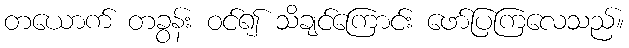
တယောက် တခွန်း ဝင်၍ သိချင်ကြောင်း ဖော်ပြကြလေသည်။